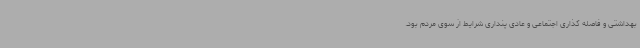
بهداشتی و فاصله گذاری اجتماعی و عادی پنداری شرایط از سوی مردم بود.